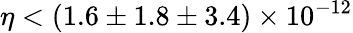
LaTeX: \eta<(1.6\pm 1.8\pm 3.4)\times 10^{-12}